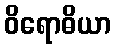
ဝိရောဓိယာ